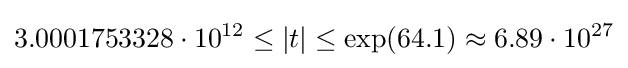
3.0001753328\cdot 10^{12}\leq |t|\leq \exp(64.1)\approx 6.89\cdot 10^{27}